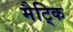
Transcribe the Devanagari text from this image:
मैट्कि